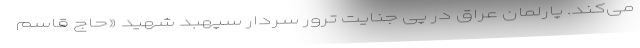
می‌کند. پارلمان عراق در پی جنایت ترور سردار سپهبد شهید «حاج قاسم